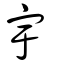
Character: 宇